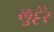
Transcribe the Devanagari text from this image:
लुट्टेरे